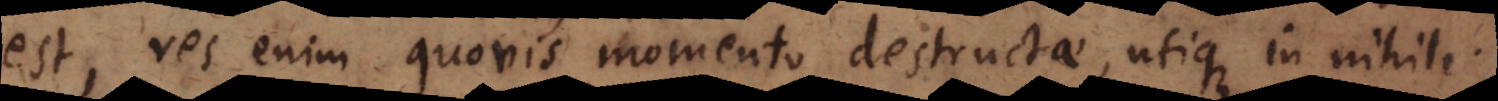
est, res enim quovis momento destructae, utique in nihili